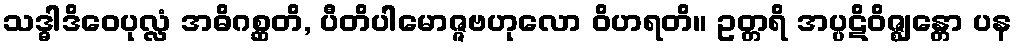
သဒ္ဓါဒိဝေပုလ္လံ အဓိဂစ္ဆတိ, ပီတိပါမောဇ္ဇဗဟုလော ဝိဟရတိ။ ဥတ္တရိ အပ္ပဋိဝိဇ္ဈန္တော ပန